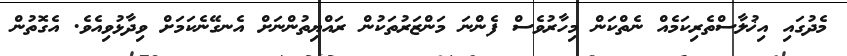
މެދުގައި އިޚުލާސްތެރިކަމެއް ނެތްކަން މިހާރުވެސް ފެންނަ މަންޒަރުތަކުން ރައްޔިތުންނަށް އެނގޭނެކަމަށް ވިދާޅުވިއެވެ. އެގޮތުން